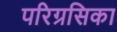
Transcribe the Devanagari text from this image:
परिग्रसिका